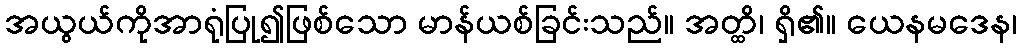
အယွယ်ကိုအာရုံပြု၍ဖြစ်သော မာန်ယစ်ခြင်းသည်။ အတ္ထိ၊ ရှိ၏။ ယေနမဒေန၊